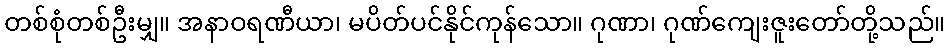
တစ်စုံတစ်ဦးမျှ။ အနာဝရဏီယာ၊ မပိတ်ပင်နိုင်ကုန်သော။ ဂုဏာ၊ ဂုဏ်ကျေးဇူးတော်တို့သည်။